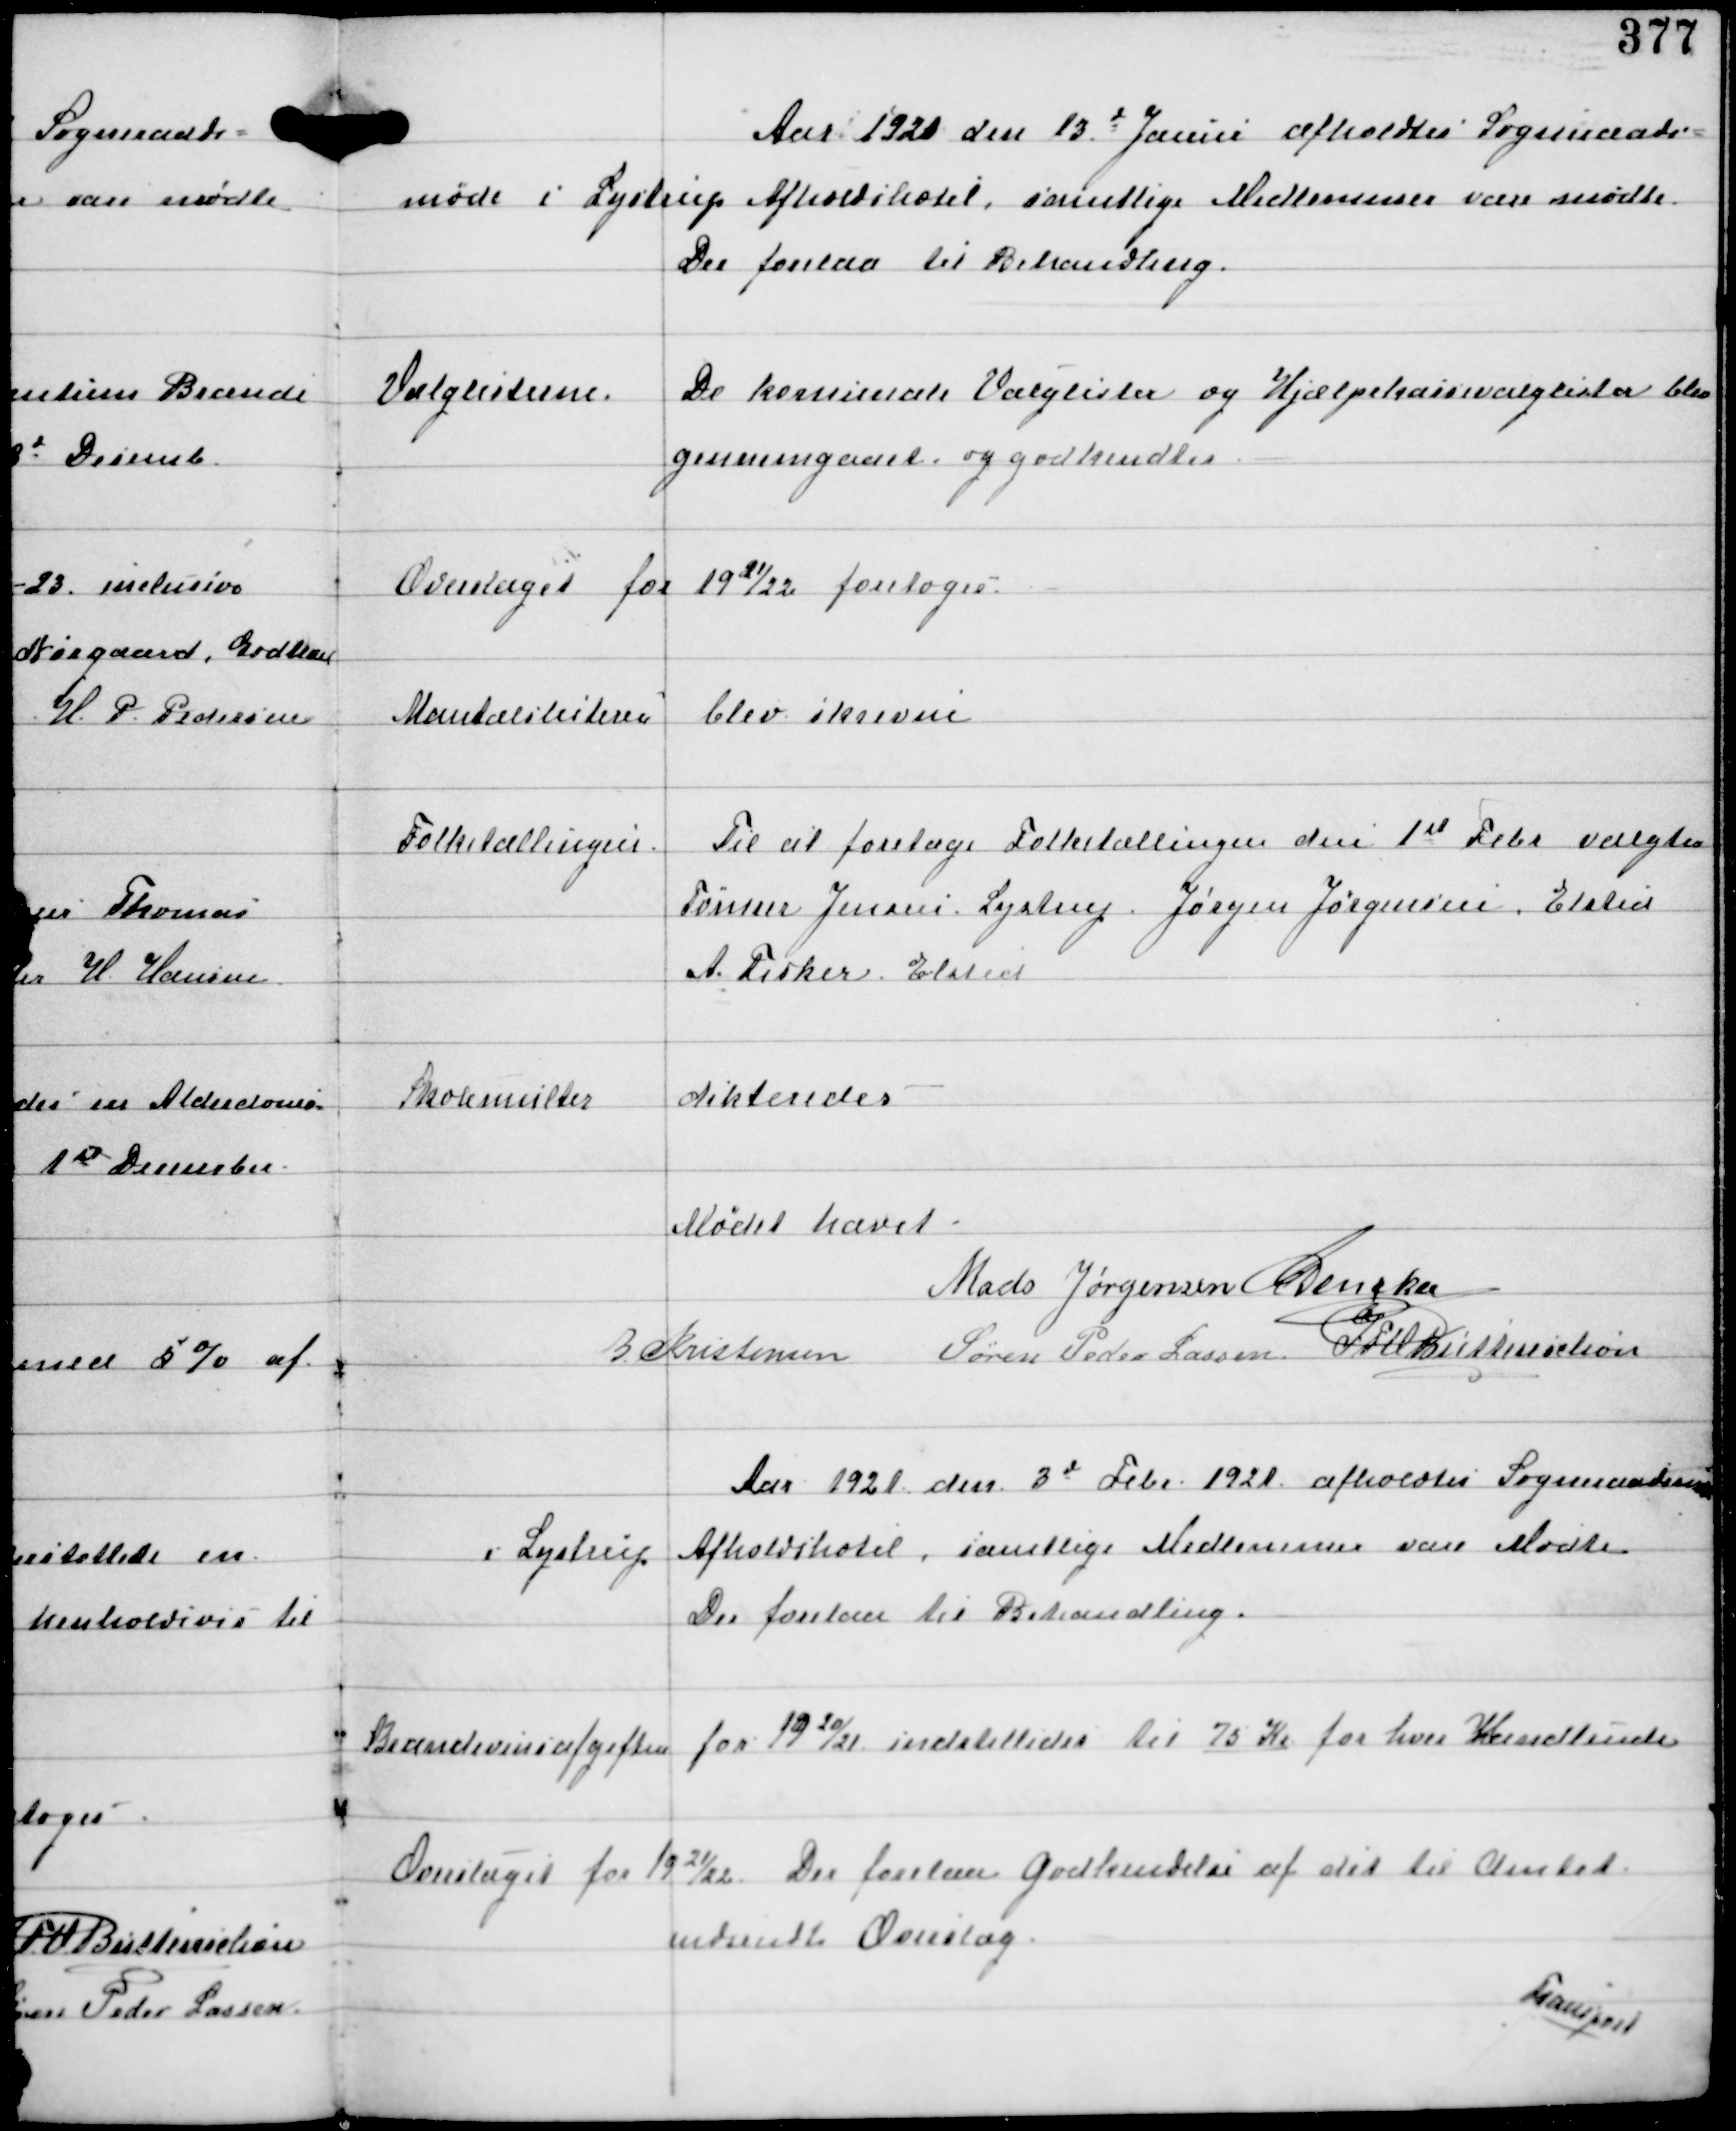
Transskription:
Aar 1921 den 13d Januar afholdtes Sogneraads-
møde i Lystrup Afholdshotel, samtlige Medlemmer vare mødte.
Der forelaa til Behandling.

Valglisterne.

De komunale Valglister og Hjælpekassevalglister blev
gennemgaaet og godkendtes.

Overslaget for 1921/22 foretoges.

Mantalslisterne
blev skrevne

Folketællingen

Til at foretage Folketællingen den 1st Febr valgtes
Tømrer Jensen, Lystrup Jørgen Jørgensen, Elsted
A Fisker, Elsted

Skolemulkter
dikteredes

Mødet hævet.
Mads Jørgensen C Dencker
B Kristensen Søren Peder Lassen IFV Buttenschøn

Aar 1921 den 3d Febr 1921 afholdtes Sogneraadsmøde
i Lystrup
Afholdshotel, samtlige Medlemmer vare Mødte.
Der forelaa til Behandling.

Brændevinsafgiften for 1920/21 indstilledes til 75 Kr for hver Handlende

Overslaget for 1921/22

Der forelaa godkendelse af det til Amtet
indsendte Overslag

Transport